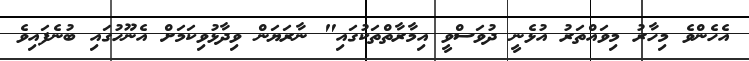
އެހެންވެ މިހާރު މިވައްތަރު އުޅެނީ ދުވަސްވީ އިމާރާތްތަކުގައި" ނާރަޔަން ވިދާޅުވިކަމަށް އެނޫހުގައި ބުނެފައިވެ